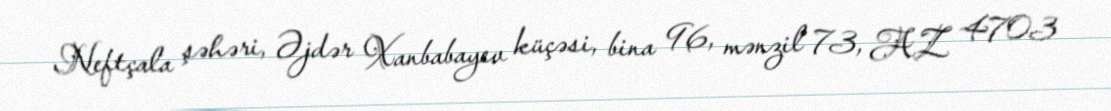
Neftçala şəhəri, Əjdər Xanbabayev küçəsi, bina 96, mənzil 73, AZ 4703